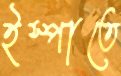
ইস্পাতে